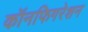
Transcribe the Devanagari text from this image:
कॉनफिगरेशन